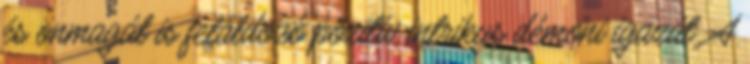
és önmagát is feláldozó pozitív intrikus démoni igazát. A